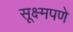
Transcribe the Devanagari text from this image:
सूक्ष्मपणे